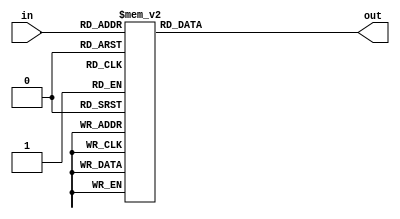
`timescale 1ns/100ps
module SMS_38_LUT(
	 input [5:0] in,
	 output reg [5:0] out
	);
	 always @(in)
	 case(in)
		 6'd0:out = 6'd0;
		 6'd1:out = 6'd37;
		 6'd2:out = 6'd28;
		 6'd3:out = 6'd27;
		 6'd4:out = 6'd46;
		 6'd5:out = 6'd19;
		 6'd6:out = 6'd11;
		 6'd7:out = 6'd12;
		 6'd8:out = 6'd53;
		 6'd9:out = 6'd26;
		 6'd10:out = 6'd56;
		 6'd11:out = 6'd7;
		 6'd12:out = 6'd22;
		 6'd13:out = 6'd59;
		 6'd14:out = 6'd1;
		 6'd15:out = 6'd36;
		 6'd16:out = 6'd52;
		 6'd17:out = 6'd42;
		 6'd18:out = 6'd49;
		 6'd19:out = 6'd41;
		 6'd20:out = 6'd15;
		 6'd21:out = 6'd50;
		 6'd22:out = 6'd60;
		 6'd23:out = 6'd31;
		 6'd24:out = 6'd47;
		 6'd25:out = 6'd21;
		 6'd26:out = 6'd10;
		 6'd27:out = 6'd4;
		 6'd28:out = 6'd34;
		 6'd29:out = 6'd33;
		 6'd30:out = 6'd18;
		 6'd31:out = 6'd61;
		 6'd32:out = 6'd9;
		 6'd33:out = 6'd17;
		 6'd34:out = 6'd58;
		 6'd35:out = 6'd6;
		 6'd36:out = 6'd20;
		 6'd37:out = 6'd54;
		 6'd38:out = 6'd57;
		 6'd39:out = 6'd39;
		 6'd40:out = 6'd43;
		 6'd41:out = 6'd40;
		 6'd42:out = 6'd38;
		 6'd43:out = 6'd51;
		 6'd44:out = 6'd45;
		 6'd45:out = 6'd14;
		 6'd46:out = 6'd29;
		 6'd47:out = 6'd48;
		 6'd48:out = 6'd5;
		 6'd49:out = 6'd62;
		 6'd50:out = 6'd23;
		 6'd51:out = 6'd44;
		 6'd52:out = 6'd35;
		 6'd53:out = 6'd25;
		 6'd54:out = 6'd32;
		 6'd55:out = 6'd2;
		 6'd56:out = 6'd30;
		 6'd57:out = 6'd16;
		 6'd58:out = 6'd3;
		 6'd59:out = 6'd63;
		 6'd60:out = 6'd24;
		 6'd61:out = 6'd13;
		 6'd62:out = 6'd55;
		 6'd63:out = 6'd8;
	 endcase
endmodule